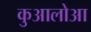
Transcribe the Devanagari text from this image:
कुआलोआ